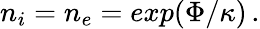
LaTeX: \begin{array}{r}{n_{i}=n_{e}=exp(\Phi/\kappa)\, .}\end{array}